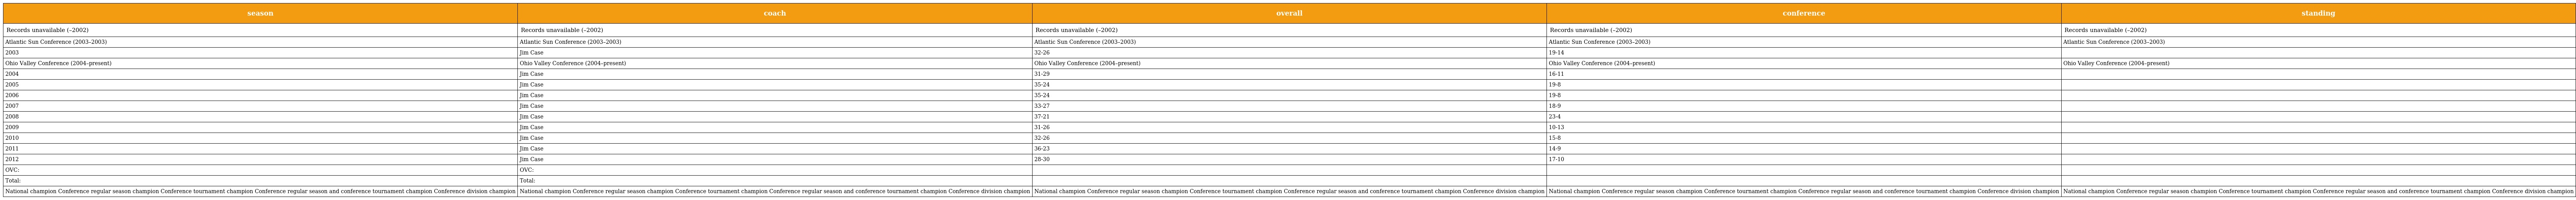
| season | coach | overall | conference | standing |
 | --- | --- | --- | --- | --- |
 | Records unavailable (–2002) | Records unavailable (–2002) | Records unavailable (–2002) | Records unavailable (–2002) | Records unavailable (–2002) |
 | Atlantic Sun Conference (2003–2003) | Atlantic Sun Conference (2003–2003) | Atlantic Sun Conference (2003–2003) | Atlantic Sun Conference (2003–2003) | Atlantic Sun Conference (2003–2003) |
 | 2003 | Jim Case | 32-26 | 19-14 |  |
 | Ohio Valley Conference (2004–present) | Ohio Valley Conference (2004–present) | Ohio Valley Conference (2004–present) | Ohio Valley Conference (2004–present) | Ohio Valley Conference (2004–present) |
 | 2004 | Jim Case | 31-29 | 16-11 |  |
 | 2005 | Jim Case | 35-24 | 19-8 |  |
 | 2006 | Jim Case | 35-24 | 19-8 |  |
 | 2007 | Jim Case | 33-27 | 18-9 |  |
 | 2008 | Jim Case | 37-21 | 23-4 |  |
 | 2009 | Jim Case | 31-26 | 10-13 |  |
 | 2010 | Jim Case | 32-26 | 15-8 |  |
 | 2011 | Jim Case | 36-23 | 14-9 |  |
 | 2012 | Jim Case | 28-30 | 17-10 |  |
 | OVC: | OVC: |  |  |  |
 | Total: | Total: |  |  |  |
 | National champion Conference regular season champion Conference tournament champion Conference regular season and conference tournament champion Conference division champion | National champion Conference regular season champion Conference tournament champion Conference regular season and conference tournament champion Conference division champion | National champion Conference regular season champion Conference tournament champion Conference regular season and conference tournament champion Conference division champion | National champion Conference regular season champion Conference tournament champion Conference regular season and conference tournament champion Conference division champion | National champion Conference regular season champion Conference tournament champion Conference regular season and conference tournament champion Conference division champion |